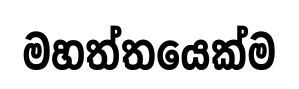
මහත්තයෙක්ම